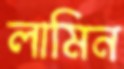
লামিন